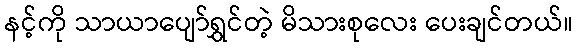
နင့်ကို သာယာပျော်ရွှင်တဲ့ မိသားစုလေး ပေးချင်တယ်။